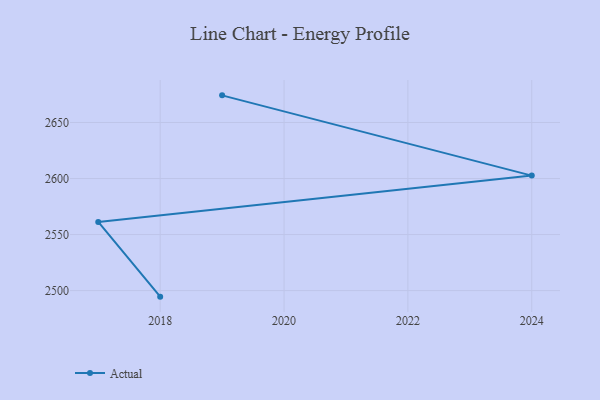
{"axis": {"x": "Year", "y": "Net Income (USD K)"}, "legend": ["Actual"], "data": [{"x": "2018", "y": 2494.6, "type": "Actual"}, {"x": "2017", "y": 2561.3, "type": "Actual"}, {"x": "2024", "y": 2602.6, "type": "Actual"}, {"x": "2019", "y": 2674.2, "type": "Actual"}]}